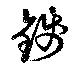
錢